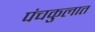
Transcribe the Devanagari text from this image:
पंचकुलात